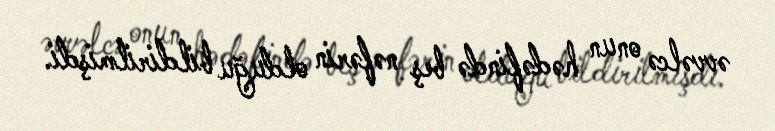
əvvəlcə onun hədəfində beş nəfərin olduğu bildirilmişdi.